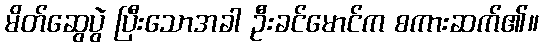
မိတ်ဆွေပွဲ ပြီးသောအခါ ဦးခင်မောင်က စကားဆက်၏။